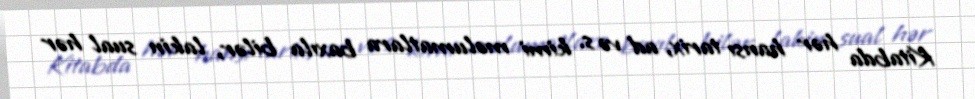
Kitabda hər hansı tarix, ad və s. kimi məlumatlara baxıla bilər, lakin sual hər